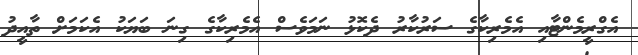
އެގްރީމެންޓާއި އެމެރިކާގެ ސަރުކާރު ދެކޮޅު ނަމަވެސް އެމެރިކާގެ ގިނަ ބަޔަކު އެކަމަށް ތާއީދު